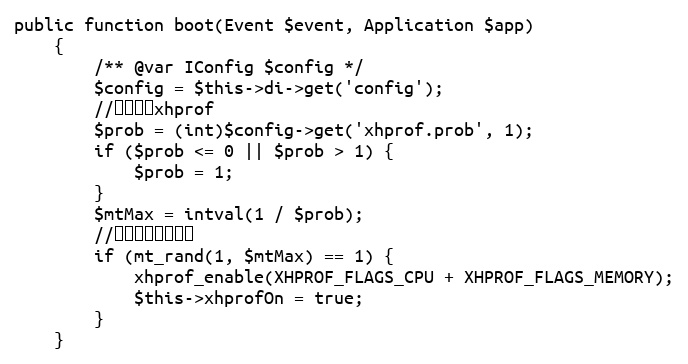
Language: PHP
public function boot(Event $event, Application $app)
    {
        /** @var IConfig $config */
        $config = $this->di->get('config');
        //获取概率xhprof
        $prob = (int)$config->get('xhprof.prob', 1);
        if ($prob <= 0 || $prob > 1) {
            $prob = 1;
        }
        $mtMax = intval(1 / $prob);
        //在一定概率下执行
        if (mt_rand(1, $mtMax) == 1) {
            xhprof_enable(XHPROF_FLAGS_CPU + XHPROF_FLAGS_MEMORY);
            $this->xhprofOn = true;
        }
    }